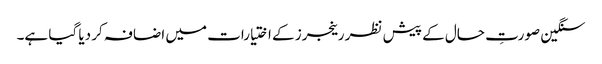
سنگین صورتِ حال کے پیش نظر رینجرز کے اختیارات میں اضافہ کر دیا گیا ہے۔